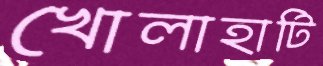
খোলাহাটি